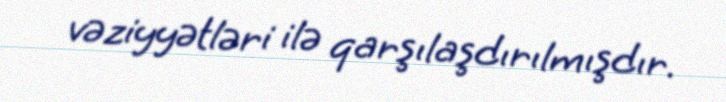
vəziyyətləri ilə qarşılaşdırılmışdır.